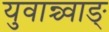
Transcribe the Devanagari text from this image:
युवान्च्वाङ्